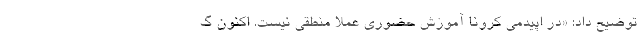
توضیح داد: «در اپیدمی کرونا آموزش حضوری عملاً منطقی نیست. اکنون گ